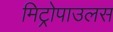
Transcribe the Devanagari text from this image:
मिट्रोपाउलस